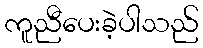
ကူညီပေးခဲ့ပါသည်